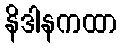
နိဒါနကထာ